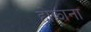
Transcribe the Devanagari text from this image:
होझाना